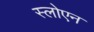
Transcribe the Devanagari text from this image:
स्लोएन